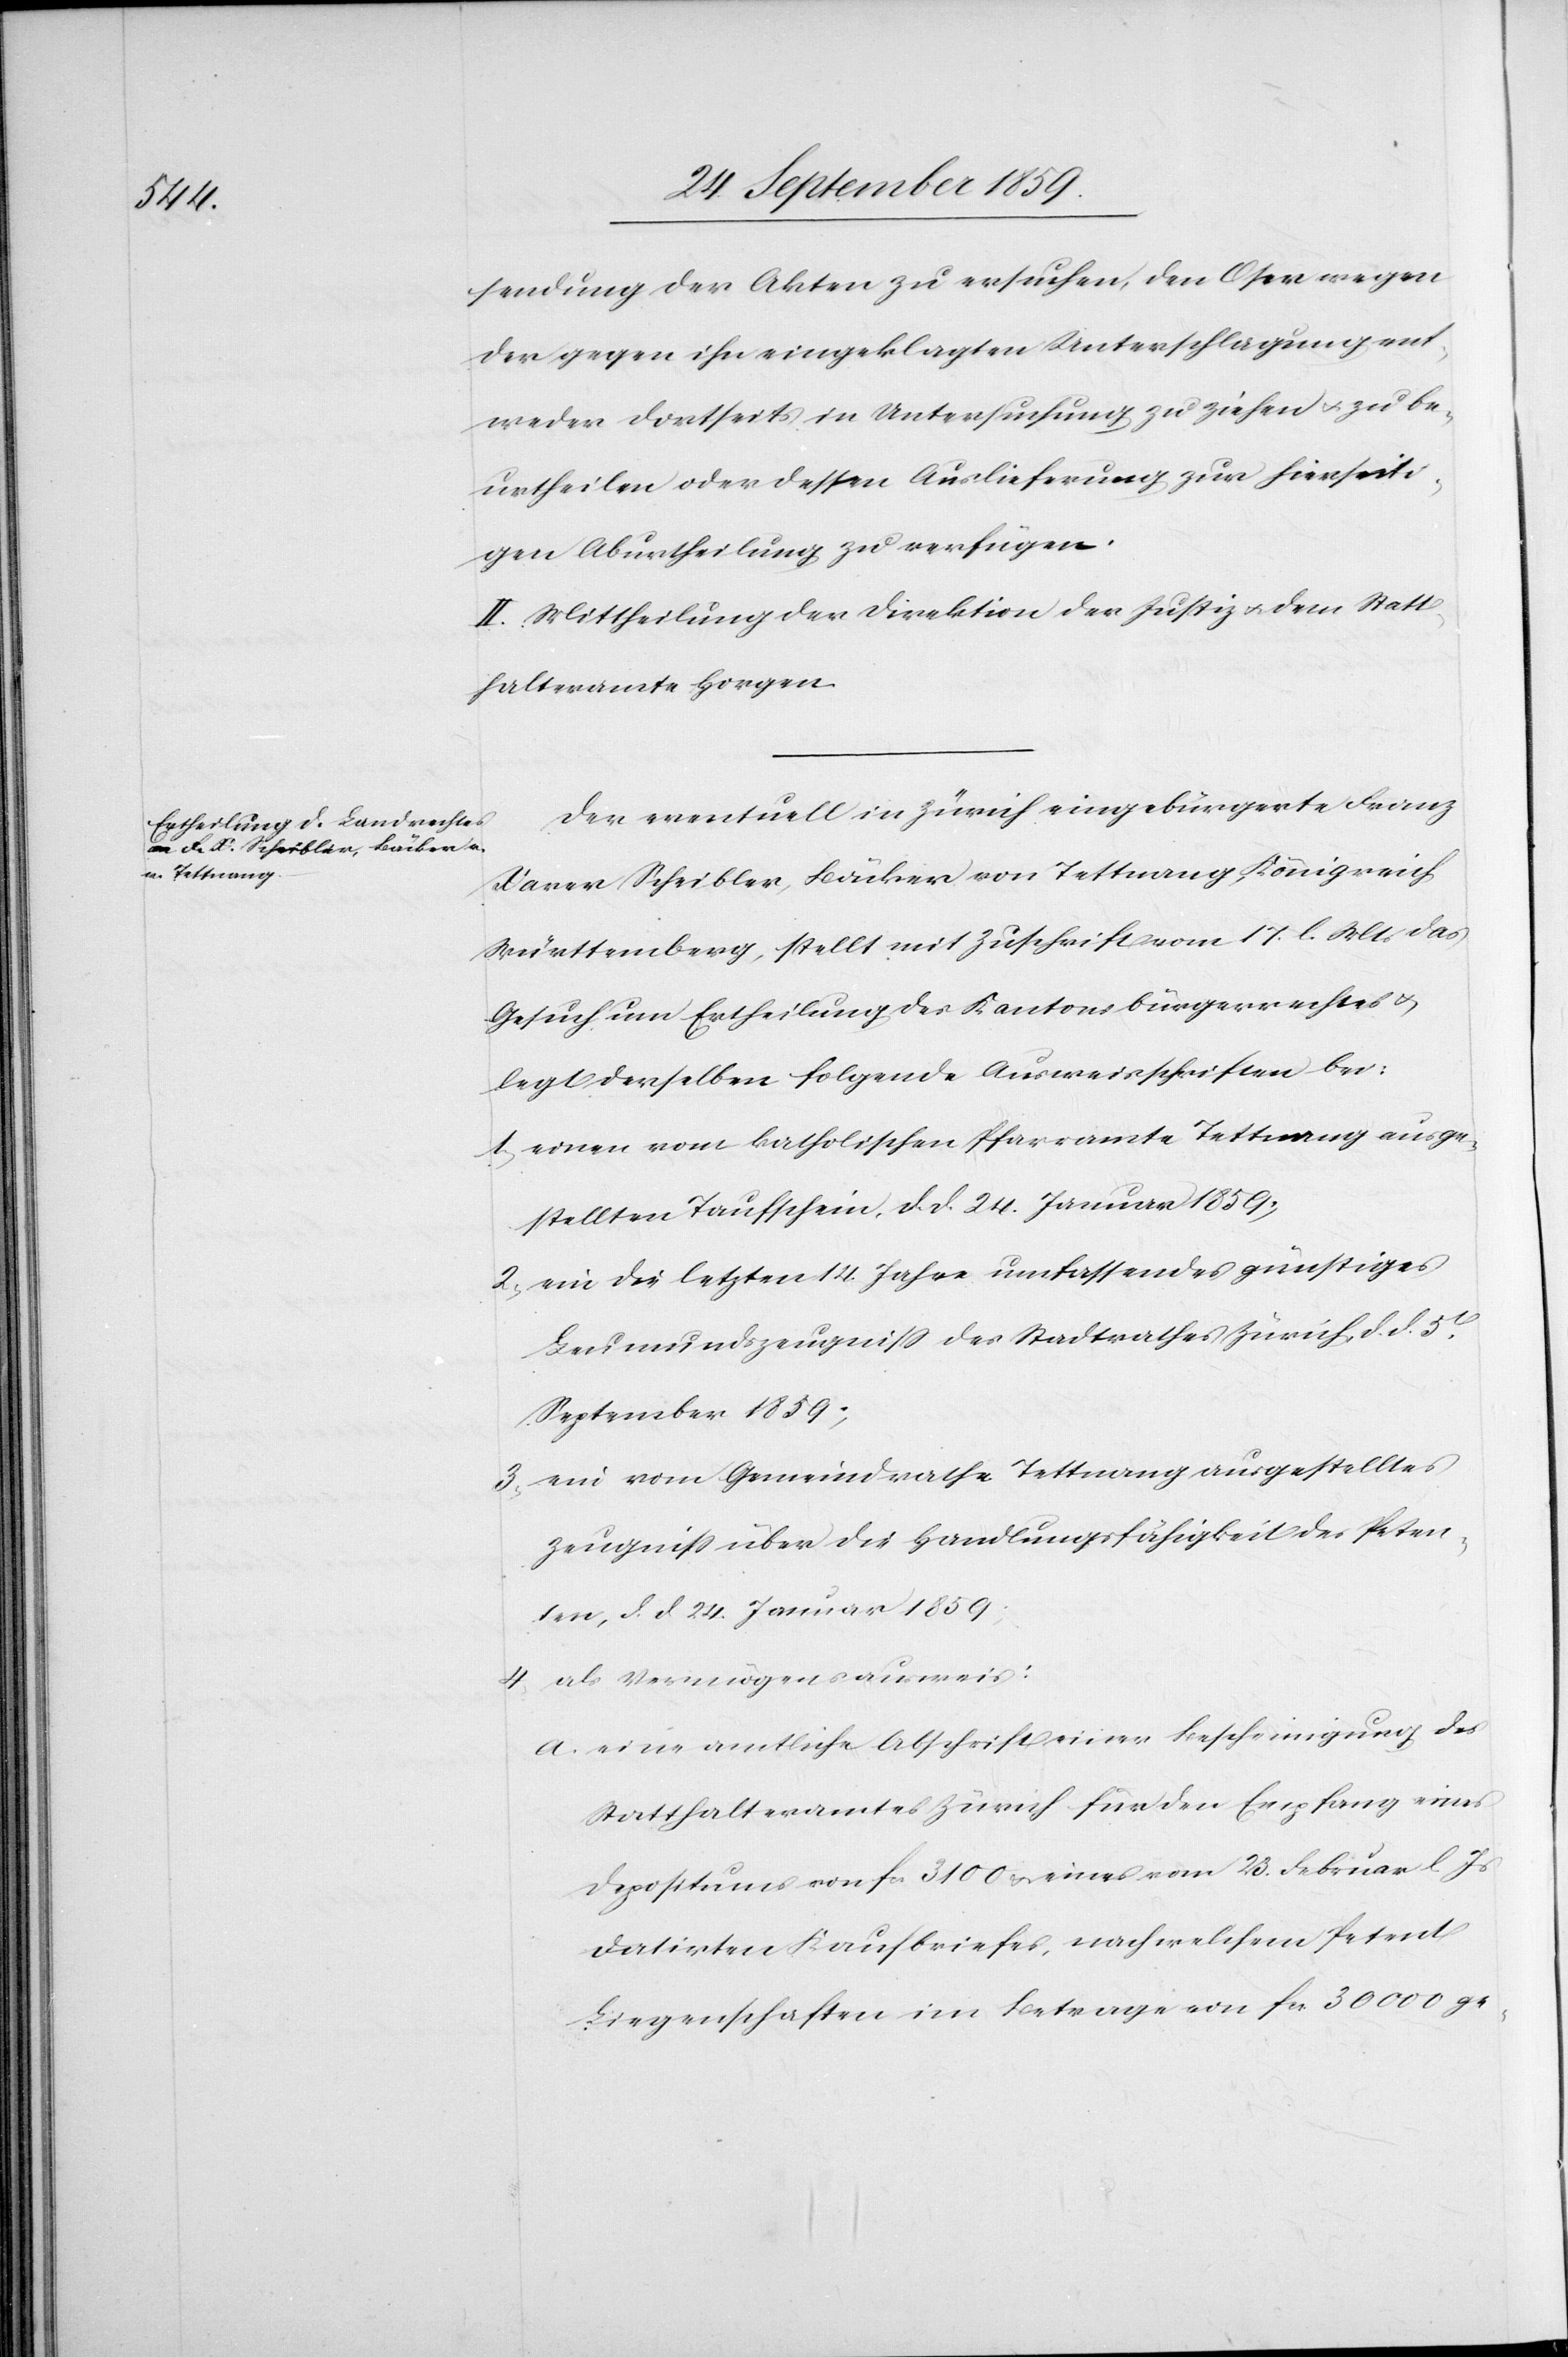
sendung der Akten zu ersuchen, den Oser wegen
der gegen ihn eingeklagten Unterschlagung ent¬
weder dortseits in Untersuchung zu ziehen & zu be¬
urtheilen oder dessen Auslieferung zur hierseiti¬
gen Aburtheilung zu verfügen.
II. Mittheilung der Direktion der Justiz & dem Statt¬
halteramte Horgen.
Der eventuell in Zürich eingebürgerte Franz
Xaver Scheibler, Bäcker von Tettnang, Königreich
Württemberg, stellt mit Zuschrift vom 17. l. Mts. das
Gesuch um Ertheilung des Kantonsbürgerrechtes &
legt derselben folgende Ausweisschriften bei:
1. einen vom katholischen Pfarramte Tettnang ausge¬
stellten Taufschein, d. d. 24. Januar 1859.
2. ein die letzten 14. Jahre umfassendes günstiges
Leumundszeugniß des Stadtrathes Zürich d. d. 5t.
September 1859;
3. ein vom Gemeindrathe Tettnang ausgestelltes
Zeugniß über die Handlungsfähigkeit des Peten¬
ten, d. d. 24. Januar 1859;
4. als Vermögensausweis:
a. eine amtliche Abschrift einer Bescheinigung des
Statthalteramtes Zürich für den Empfang eines
Depositums von fcs. 3100 & eines vom 23. Februar l. Js.
datirten Kaufbriefes, nach welchem Petent
Liegenschaften im Betrage von fcs. 30000 ge-